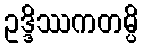
ဥဒ္ဒိဿကတမ္ပိ